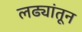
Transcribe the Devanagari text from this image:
लढ्यांतून